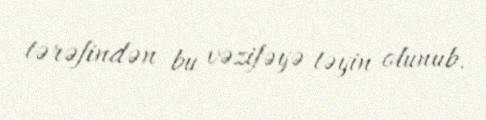
tərəfindən bu vəzifəyə təyin olunub.